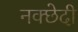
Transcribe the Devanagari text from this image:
नक्छेदी